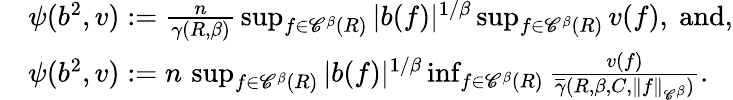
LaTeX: \begin{array}{rl}&{\psi(b^{2},v):=\frac{n}{\gamma(R,\beta)}\, \operatorname*{sup}_{f\in{\mathscr C}^{\beta}(R)}|b(f)|^{1/\beta}\operatorname*{sup}_{f\in{\mathscr C}^{\beta}(R)}v(f),\mathrm{~and,}}\\ &{\psi(b^{2},v):=n\, \operatorname*{sup}_{f\in{\mathscr C}^{\beta}(R)}|b(f)|^{1/\beta}\operatorname*{inf}_{f\in{\mathscr C}^{\beta}(R)}\frac{v(f)}{\overline{\gamma}(R,\beta,C,\| f\| _{{\mathscr C}^{\beta}})}.}\end{array}